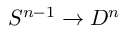
S ^ { n - 1 } \to D ^ { n }